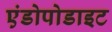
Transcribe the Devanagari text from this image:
एंडोपोडाइट